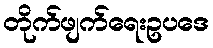
တိုက်ဖျက်ရေးဥပဒေ